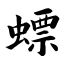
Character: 螵